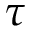
\tau